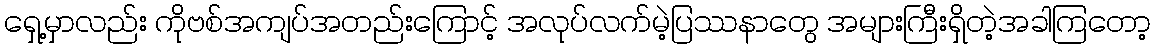
ရှေ့မှာလည်း ကိုဗစ်အကျပ်အတည်းကြောင့် အလုပ်လက်မဲ့ပြဿနာတွေ အများကြီးရှိတဲ့အခါကြတော့